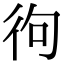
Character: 㣘